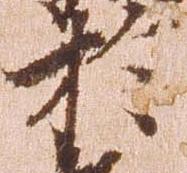
於